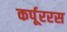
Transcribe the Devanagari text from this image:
कर्पूररस